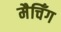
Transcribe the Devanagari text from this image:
मैचिँग